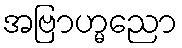
အဗြာဟ္မညော